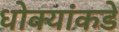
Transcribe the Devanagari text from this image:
धोक्यांकडे